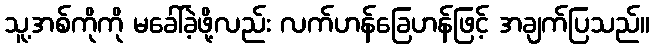
သူ့အစ်ကိုကို မခေါ်ခဲ့ဖို့လည်း လက်ဟန်ခြေဟန်ဖြင့် အချက်ပြသည်။